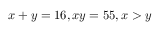
x + y = 1 6 , x y = 5 5 , x > y